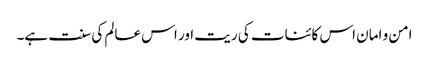
امن و امان اس کائنات کی ریت اور اس عالم کی سنت ہے۔